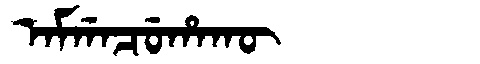
Manchu: ᠠᠮᡤᠠᠴᡠᡥᠠᡴᡡ
Romanization: AMGACUHAKŪ